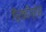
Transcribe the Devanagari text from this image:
गैरकाँग्रेस